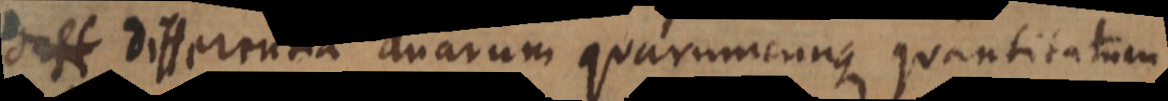
differentia duarum quarumcunque quantitatum